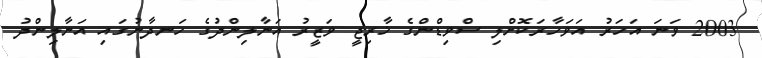
2003 ވަނަ އަހަރު އަވަހާރަކޮށްލި ސްވިޑްންގެ ޚާރިޖީ ވަޒީރު އަނާލިންދުގެ ހަނދާނުގައި އަނާލިންދު